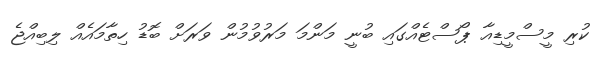
ކުރި މީސްމީޑިއާ ޕޯސްޓެއްގައި ބުނީ މަންމަ މަރުވުމުން ވަރަށް ބޮޑު ހިތާމައެއް ލިބިއްޖެ